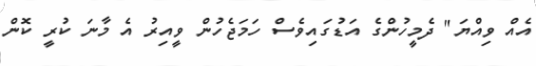
އެއް ވިއްޔަ" ދެމީހުންގެ އަޑުގައިވެސް ހަމަޖެހުން ވީއިރު އެ މާނަ ކުރީ ކޮން